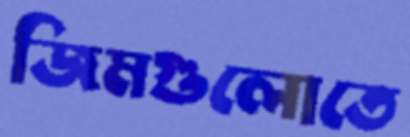
জিমগুলোতে